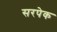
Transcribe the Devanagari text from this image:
सरपेक